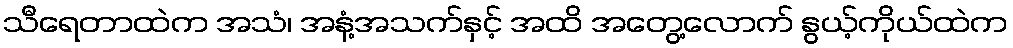
သီရေတာထဲက အသံ၊ အနံ့အသက်နှင့် အထိ အတွေ့လောက် နွယ့်ကိုယ်ထဲက